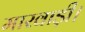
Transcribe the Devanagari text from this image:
मारवाड़ी।